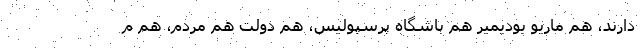
دارند، هم ماریو بودیمیر هم باشگاه پرسپولیس، هم دولت هم مردم، هم م